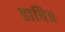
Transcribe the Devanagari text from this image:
हाचि॥